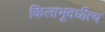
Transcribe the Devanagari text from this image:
किलाभूदधीत्य